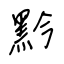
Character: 黔